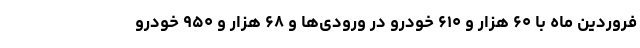
فروردین ماه با ۶۰ هزار و ۶۱۰ خودرو در ورودی‌ها و ۶۸ هزار و ۹۵۰ خودرو